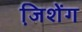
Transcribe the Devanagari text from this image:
जि़शेंग